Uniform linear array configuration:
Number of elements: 12
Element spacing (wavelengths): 0.5
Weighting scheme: hann
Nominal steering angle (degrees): -15
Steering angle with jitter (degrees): -16.436
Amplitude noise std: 0.05
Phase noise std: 0.05

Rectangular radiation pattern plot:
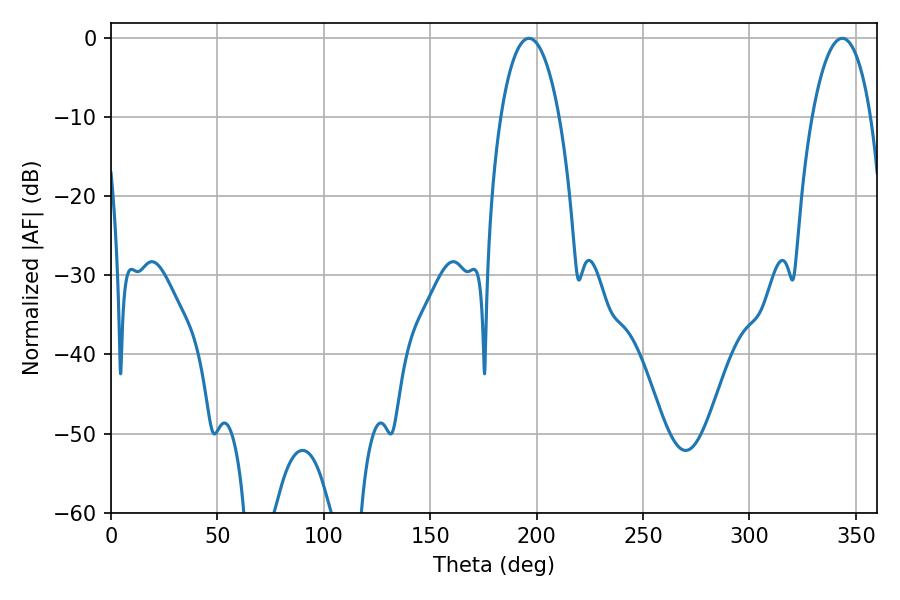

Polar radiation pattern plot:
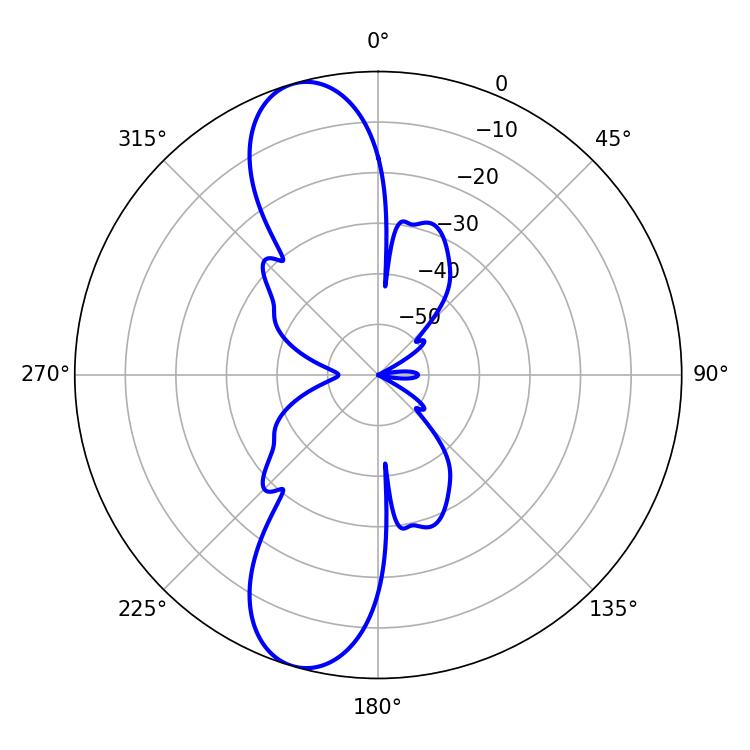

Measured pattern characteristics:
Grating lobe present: FALSE
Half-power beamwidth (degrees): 15.48
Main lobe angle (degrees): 196.38